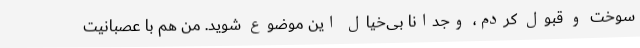
سوخت و قبول کردم، وجدانا بی‌خیال این موضوع شوید. من هم با عصبانیت